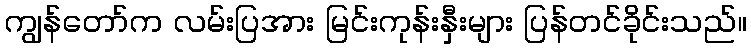
ကျွန်တော်က လမ်းပြအား မြင်းကုန်းနှီးများ ပြန်တင်ခိုင်းသည်။